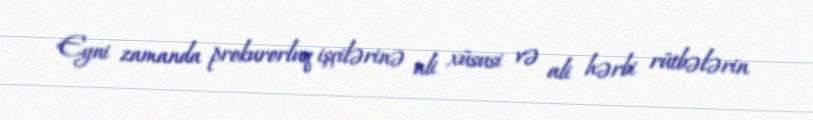
Eyni zamanda prokurorluq işçilərinə ali xüsusi və ali hərbi rütbələrin